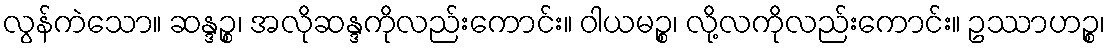
လွန်ကဲသော။ ဆန္ဒဉ္စ၊ အလိုဆန္ဒကိုလည်းကောင်း။ ဝါယမဉ္စ၊ လို့လကိုလည်းကောင်း။ ဥဿာဟဉ္စ၊